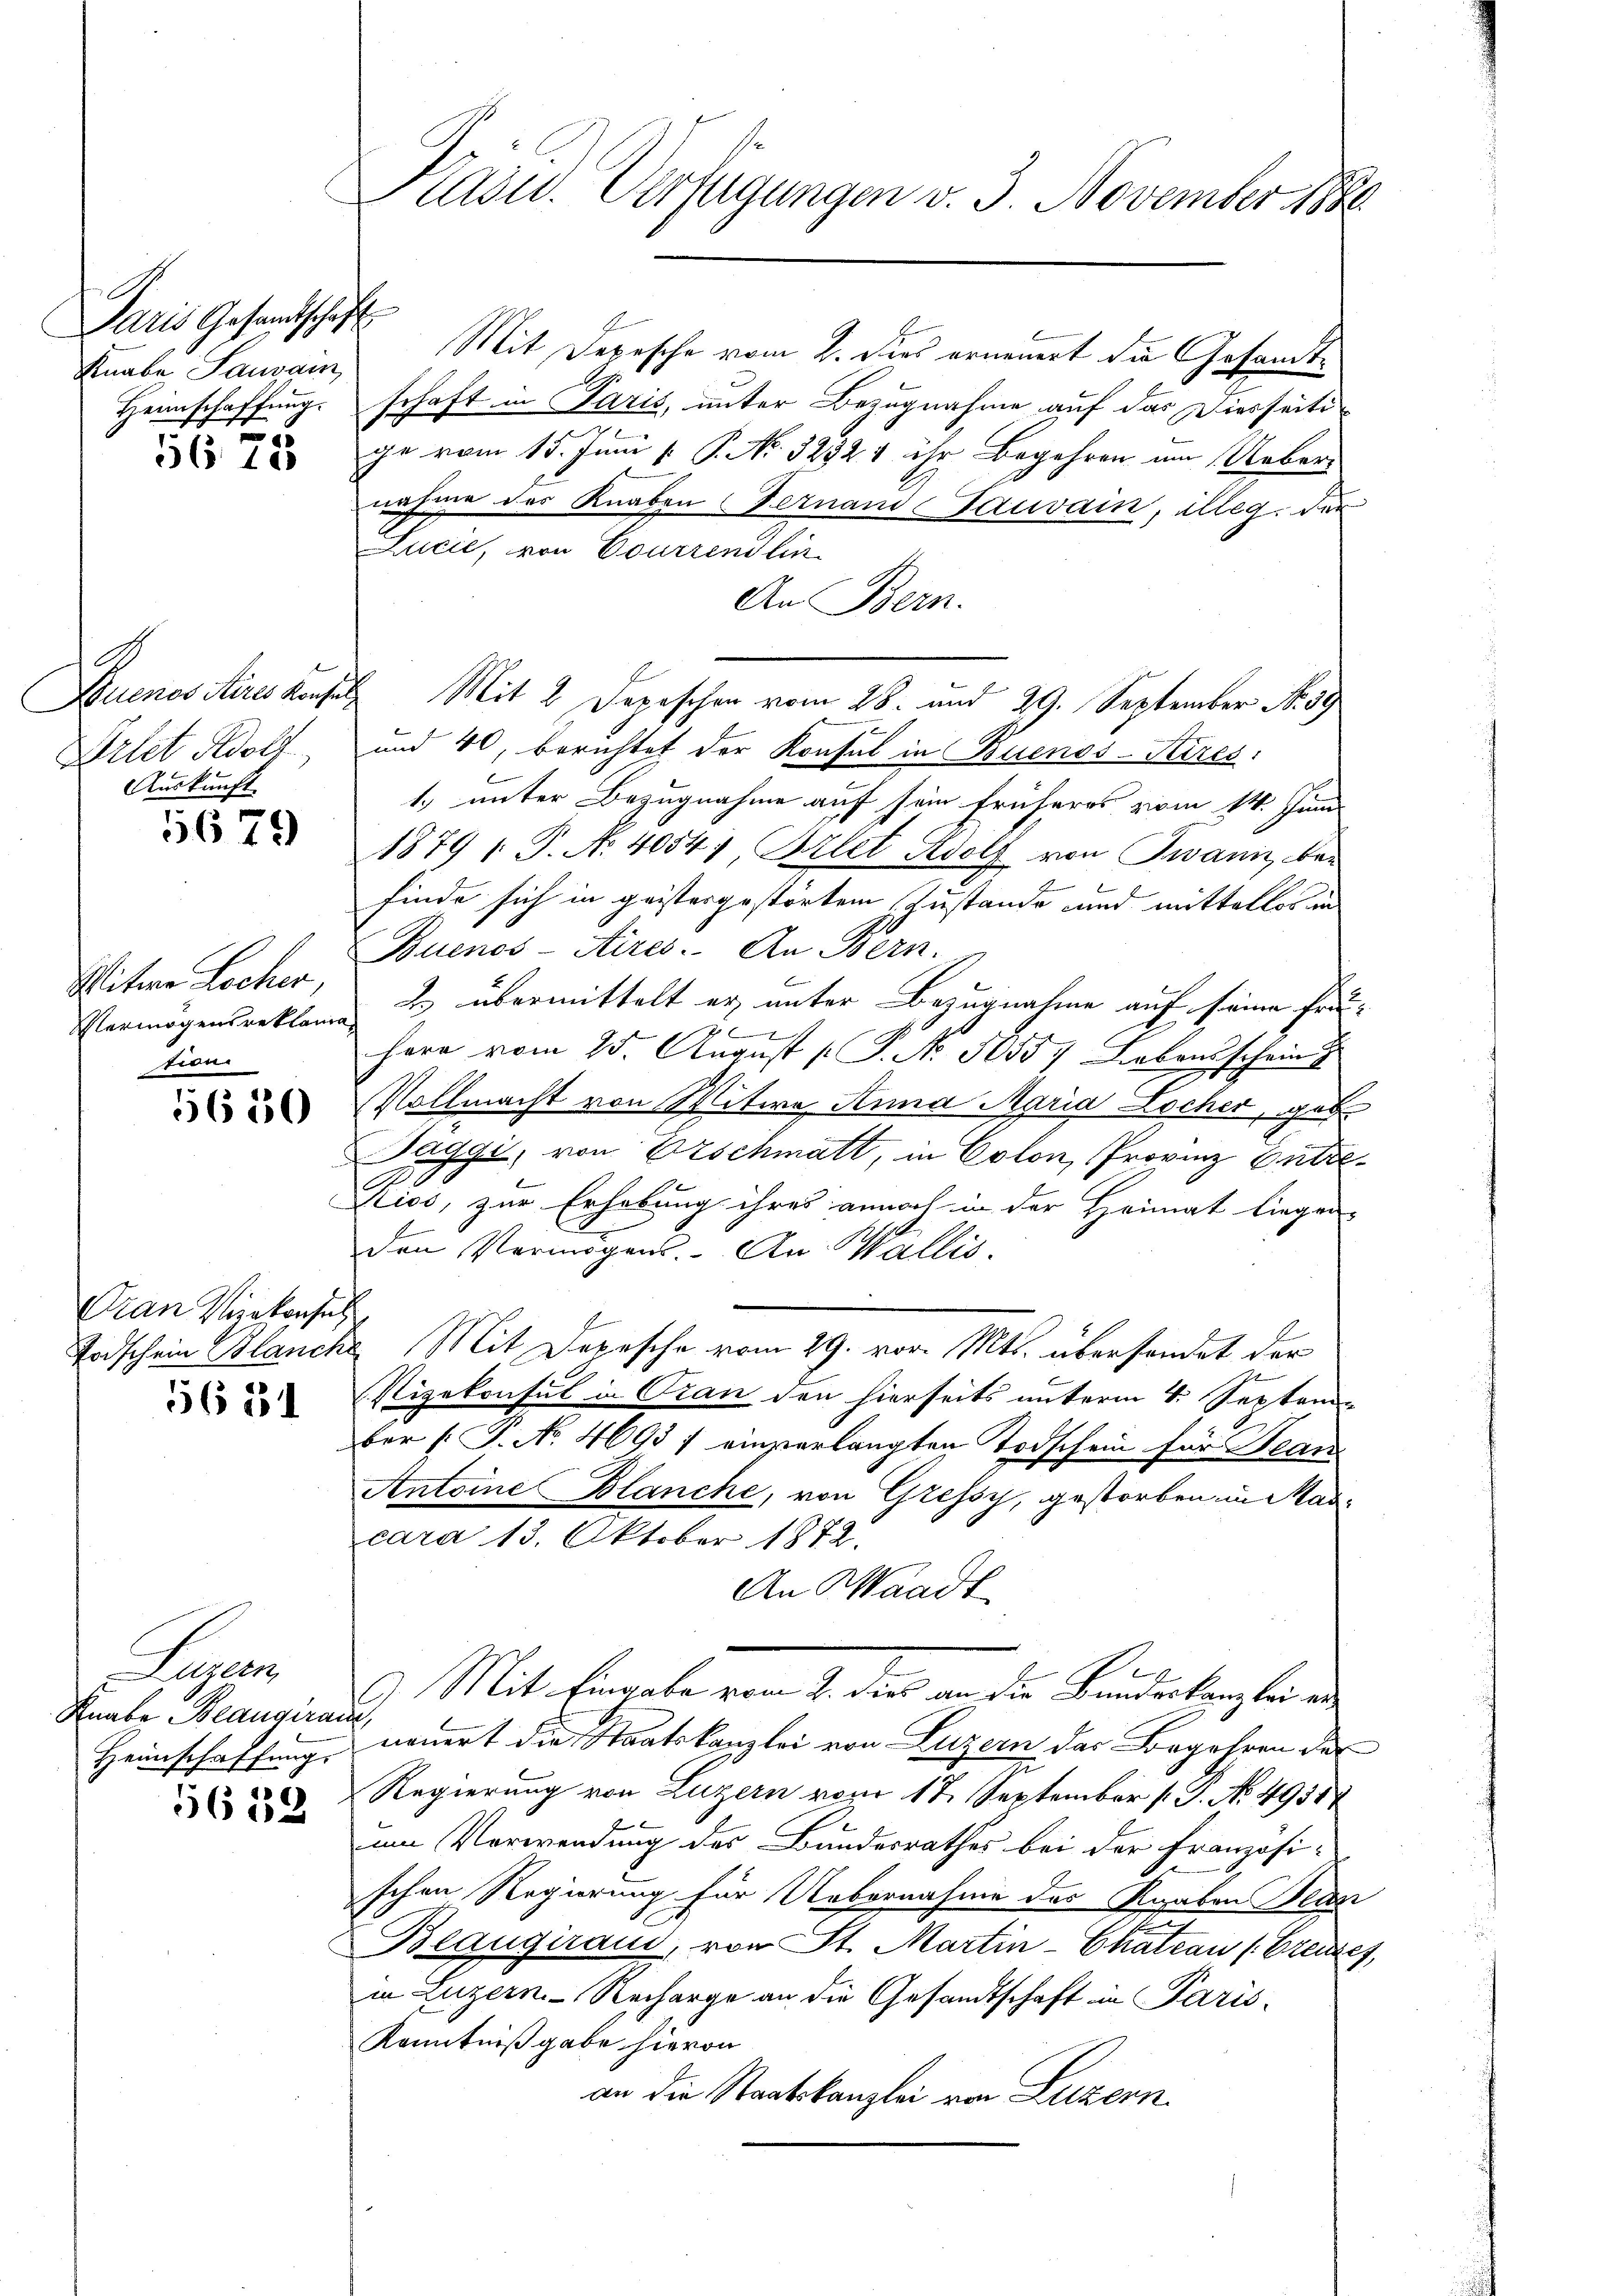
Paris Gesandtschaft
Knabe Saugam

5675

G
Auenos Aires Konsul
Filet Adolf
Auskunft

5679

Witwe Locher,
tion

5650

Oran Vizekonsul
634

Leger
Knabe Beangirant,
Heimschaffung.

56 189

Präsid. Verfügungen v. 3. November 188

Mit Depesche vom 2. Dies erneuert die Gesandt¬
Heimschaffung. Schaft in Paris, unter Bezugnahme auf das Diesseitige vom 15. Juni [ P. No. 32321 ihr Begehren im Ueber-
nahme des Knaben Fernand Tauvain, alleg. der
Lucić, von Courrend lin
An Bern.
Mit 2 Depeschen vom 28. und 29. September No. 39
und 40, berichtet der Konsul in Buenos-Kires:
1.) unter Bezugnahme auf sein früheres vom 14. Juni
1879 : P. No. 4054; Brlet Adolf von Twann bed
finde sich in geistergestörten Zustande und mittellos un
Buenos-Aires. An Bern.
Vermögensreklame u. übermittelt er unter Bezugnahme auf seine Frie¬
11
here vom 25. August [ P. No. 50557 Liebensschein
Vollmacht von Mitwe Anna Maria Locher, geb
Saggi, von Erschmatt, in Colon, Provinz Gut¬
0
Kios, zur Erhebung ihres annoch in der Heimat liegen-
den Vermögens. An Wallis,
Todschein Blanche Mit Depesche vom 29. vor. Mts. übersendet der
Vizekonsul in Oran den hierseits unterm 4. Septem
ber (: P. No. 4693 / einzerlangten Todschein für Bean
Antoine Blanche, von Gressy, gestorben in Mascara 13. Oktober 1872.
An Waadt
) Mit Eingabe vom 4. die an die Bundenberg bei de
neuert die Staatskanzlei von Luzern der Begehren der
Regierung von Luzern vom 17. September (T. No. 49317
um Verwendung des Bundesrathes bei der Französi-
schen Regierung für Uebernahme des Knaben Beis
Blaugiraud, von St. Martin-Chateau (Creuzes,
in Luzern Recharge an die Gesandtschaft in Paris
Kenntnißgabe hievon
an die Staatskanzlei von Luzern